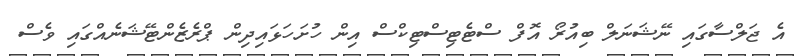
އެ ޖަލްސާގައި ނޭޝަނަލް ބިއުރޯ އޮފް ސްޓެޓިސްޓިކްސް އިން ހުށަހަޅައިދިން ޕްރެޒެންޓޭޝަނެއްގައި ވެސް